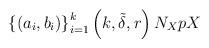
LaTeX: \begin{align*}\left\{ \left( a_{i},b_{i}\right) \right\} _{i=1}^{k}\left( k,\tilde{\delta},r\right) N_{X}pX \end{align*}